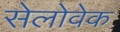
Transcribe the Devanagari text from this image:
सेलोवेक